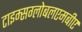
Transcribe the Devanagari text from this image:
टाइम्सग्लोबलएमबीए